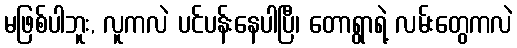
မဖြစ်ပါဘူး, လူကလဲ ပင်ပန်းနေပါပြီ၊ တောရွာရဲ့ လမ်းတွေကလဲ